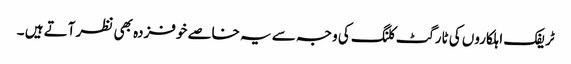
ٹریفک اہلکاروں کی ٹارگٹ کلنگ کی وجہ سے یہ خاصے خوفزدہ بھی نظر آتے ہیں ۔